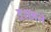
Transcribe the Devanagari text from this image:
दशनजे